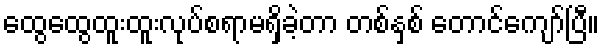
ထွေထွေထူးထူးလုပ်စရာမရှိခဲ့တာ တစ်နှစ် တောင်ကျော်ပြီ။